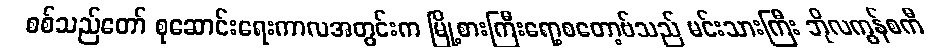
စစ်သည်တော် စုဆောင်းရေးကာလအတွင်းက မြို့စားကြီးရော့စတော့ဗ်သည် မင်းသားကြီး ဘိုလကွန်စကီ